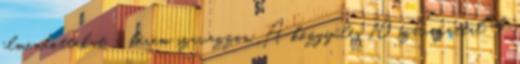
elmondottakat – kérem szavazzon. A közgyűlés 10 szavazattal, 4